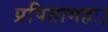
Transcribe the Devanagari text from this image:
प्रपितामहः।